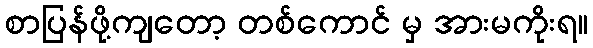
စာပြန်ဖို့ကျတော့ တစ်ကောင် မှ အားမကိုးရ။